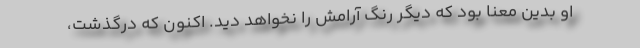
او بدین معنا بود که دیگر رنگ آرامش را نخواهد دید. اکنون که درگذشت،